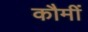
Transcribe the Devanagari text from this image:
कौमीं